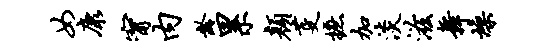
女康甯内龄累颜芟摭加淡滋舞燥